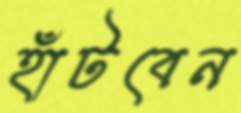
হাঁটবেন